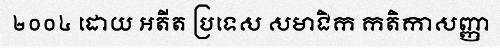
២០០៤ ដោយ អតីត ប្រទេស សមាជិក កតិកាសញ្ញា